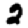
Digit: 2